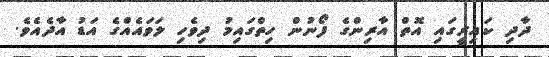
ދާދި ކައިރީގައި އޮތް އާރިންގެ ފޯނުން ހިތްގައިމު ދިވެހި ލަވައެއްގެ އަޑު އާދެއެވެ.